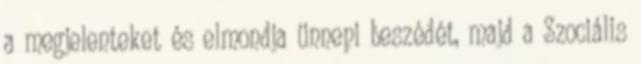
a megjelenteket és elmondja ünnepi beszédét, majd a Szociális